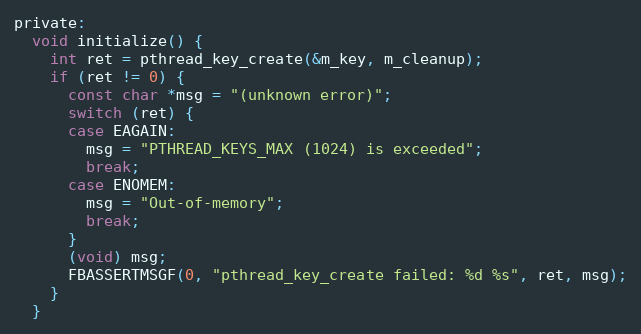
Language: C
private:
  void initialize() {
    int ret = pthread_key_create(&m_key, m_cleanup);
    if (ret != 0) {
      const char *msg = "(unknown error)";
      switch (ret) {
      case EAGAIN:
        msg = "PTHREAD_KEYS_MAX (1024) is exceeded";
        break;
      case ENOMEM:
        msg = "Out-of-memory";
        break;
      }
      (void) msg;
      FBASSERTMSGF(0, "pthread_key_create failed: %d %s", ret, msg);
    }
  }